Scottish Leaving Certificate Examination, 1955
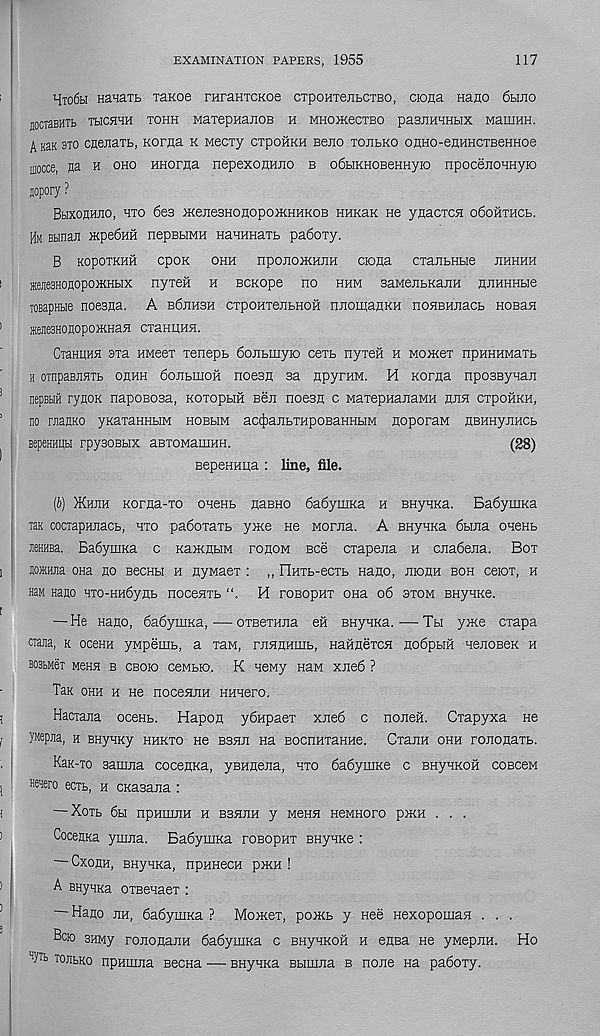
EXAMINATION PAPERS, 1955
117
Hto6h HanaTb xaKoe raraHTCKoe cxpoHTejibCTBO, ciona nano 6hjio
JOCTaBHTb TbICHHH TOHH MaiepnaEOB H MHOIKeCTBO paSJIHHHBIX MaillHH.
A kek 3T0 cneiiaTb, Koraa k wecxy cxpoiiKH Beiio xoiibKO onHo-emiHCXBeHHoe
aiocce, na h oho HHorna nepexoHHiio b o6biKHOBeHHyio npoceiiOHHyio
aopory ?
Bhxouhjio, hxo 6es JKejiesHonopoiKHHKOB HHKaK ho ynaoxca o6oHXHCb.
Hm Bbinan Kpefinii nepBbiMH HaHHHaxb pa6oxy.
B KOpOXKHH CpOK OHH npOHOIKHJIH CIOHa CXailbHbie JIHHHH
msHOflopoHHHX nyxeii h BCKope no hhm saMejibKaiiH nnHHHHe
TOBapHbie noesna. A bSjihsh cxpoHxeiibHOH nnomanKH noHBHiiacb nosaH
HffineanonopoiKHafl cxaniiHH.
CTaHiiHH oxa HMeex xenepb 6oiibmyio cexb nyxeii h mojkox npuHHMaxb
h ornpaBJWXb ohhh 6ojibmoH noesa sa apyraM. M Koraa nposBynan
nepBbiii ryaoK napososa, Koxopbia Ben noesa c MaxepHaaaMH aan cxpoHKH,
no nianKO yKaxaHHbm hobbim aaJiaabXHpoBaHHbiM aoporaM aBHHyaHCb
BepeHHUbi rpysoBbix aBXOMaiiiHH.
(28)
BepeHHua : line, file.
(b) JKhbh Koraa-xo onenb aaBHo 6a6yuiKa h BHynKa. Ba6ymKa
Tan cocxapHaacb, hxo pa6oxaxb yme He Moraa. A BHynKa 6biaa onenb
neHHBa. Ba6ymKa c KamabiM roaoM Bee cxapeaa h caa6eaa. Box
somna ona ao bcchh h ayMaex : „ Fluxb-eoxb nano, aioaH boh ceiox, h
nan Hano Hxo-HH6yab nocenxb
H roBopHx ona 06 stom BHynKe.
— He Haao, 6a6ymKa,—oxsexona eii BHynKa. ■ —Tbi yme cxapa
ctana, k ocean yMpeuib, a xaM, rjianHiiib, HaHaexcH ao6pbm HenoseK h
BosbMei m6hh b CBoio ceMbio. K HeMy HaM xae6 ?
Tax ohh h He nocenaH Hunero.
Hacxaaa oceHb. Hapoa ySnpaex xae6 c noneii. Cxapyxa He
JMepna, h BHynKy hhkxo He bshe Ha BOCiraxaHHe. Cxann ohh roaonaxb.
KaK-xo aamaa coceaKa, yBHaeaa, hxo 6a6ymKe c BHynKoii coBceM
Henero ecxb, h cKasaaa :
— Xoxb 6bl npHIHEH H BSHEH y M6HH HeMHOPO p)KH . . .
Coceuxa ymaa. Ba6ymKa roeopHx BHynxe :
Cxoan, BHynKa, npHHecH p>kh !
A BHyHKa oxsenaeT :
— Hano an, 6a6ymKa ? Moacex, poaib y nee Hexopomaa . . .
Bcio 3HMy roaoaaaH 6a6yuiKa c BHynKOfi h easa He ywepaH. Ho
' ‘tyTb ToiibKo npamaa Becna — BHyHKa Bbimaa b none na pa6oxy.